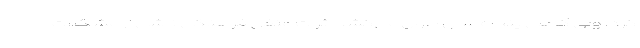
کرد، ولی گاهی پنجاه سال طول می‌کشد اثرات منفی فرهنگی ناشی از مشکلات